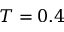
T = 0 . 4